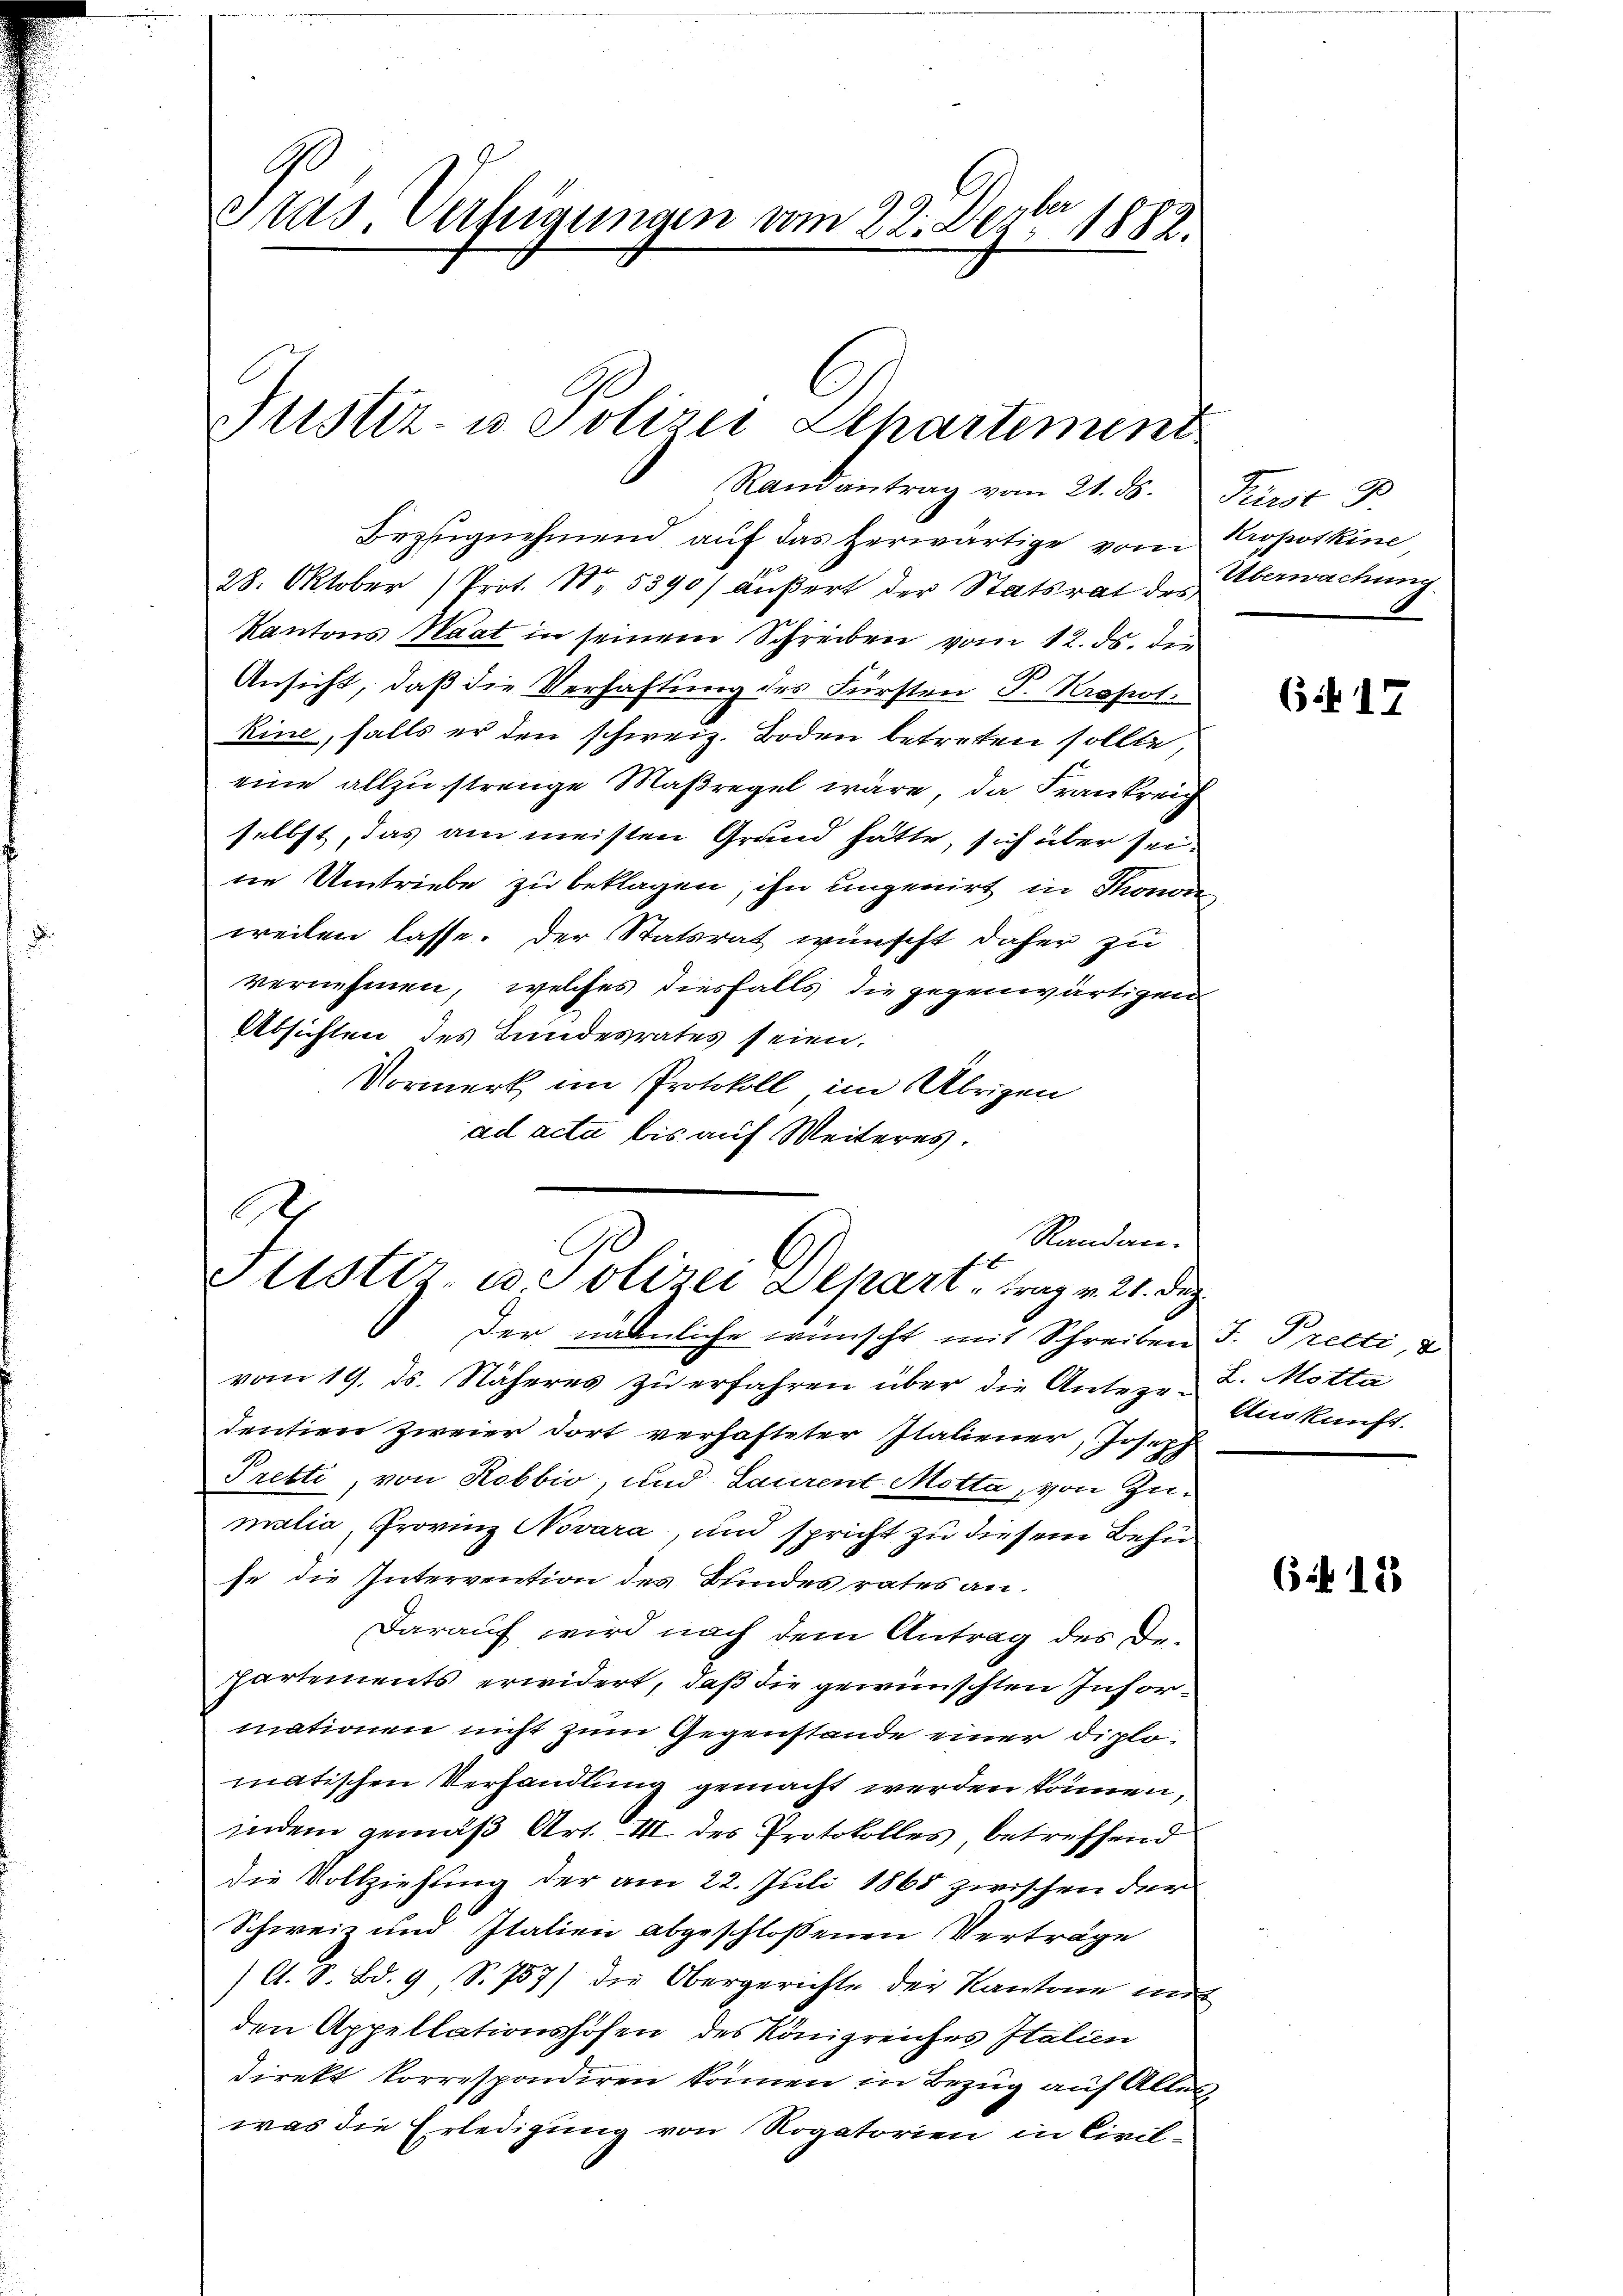
Stas. Verfügungen vom 22. Dezbr 1882

Justiz- u. Polizei Departement

Randantrag vom 21. ds. Fürst D
Bezugnehmend auf das herwärtige vom Proposkine
28. Oktober (Prot. No. 5390/ äußert der Statsrat der Überwachung.
Kantons Staat in seinem Schreiben vom 12. ds. der
Ansicht, daß die Verhaftung des Fürsten P. Kropos.
kine, falls er den schweiz. Boden betreten sollte,
eine allzu strenge Maßregel wäre, da Frankreich
selbst, das am meisten Grund hatte, sich über seine Umtriebe zu beklagen, ihn ungenirt in Thonor
weilen lasse. Der Statsrat wünscht daher zu
vernehmen, welches diesfalls die gegenwärtigen
Absichten des Bundesrates seien.
Vormerk im Protokoll im Übrigen
ad acta bis auf Weiteres.
der nähmliche wünscht mit Schreiben J. Precti,
vom 19. ds. Näheres zŭ erfahren über die Anteze-L. Motta
dentien zweier dort verhafteter Italiener, Joseph
Pretti, von Robbio, und Laurent Motta, von Zumalia, Provinz Novara, und spricht zu diesem Behü
se die Intervention des Bundes rates an¬
Darauf wird nach dem Antrag des De¬
Partements erwidert, daß die gewünschten Informationen nicht zum Gegenstände einer diplomatischen Verhandlung gemacht werden können,
indem gemäß Art. III des Protokolles, betreffend
die Vollziehung der am 22. Juli 1865 zwischen der
Schweiz und Italien abgeschlossenen Verträge
/A. S. Bd. 9, S. 757) die Obergerichte der Kantone mit
den Appellationshöfen des Königreiches Italien
direkt korrespondiren können in Bezug auf Alles
was die Erledigung von Rogatorien in Civil-

A
Randan-
Frister- u Polizei Depart, trag v. 21. Dez.

617

Auskauft.

6 18